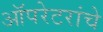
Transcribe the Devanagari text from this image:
ऑपरेटरांचे